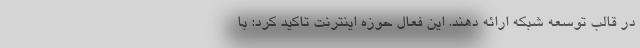
در قالب توسعه شبکه ارائه دهند. این فعال حوزه اینترنت تاکید کرد: با